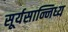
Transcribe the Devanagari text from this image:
सूर्यसान्निध्य